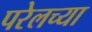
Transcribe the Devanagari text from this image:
परेलच्या